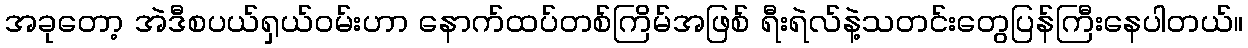
အခုတော့ အဲဒီစပယ်ရှယ်ဝမ်းဟာ နောက်ထပ်တစ်ကြိမ်အဖြစ် ရီးရဲလ်နဲ့သတင်းတွေပြန်ကြီးနေပါတယ်။